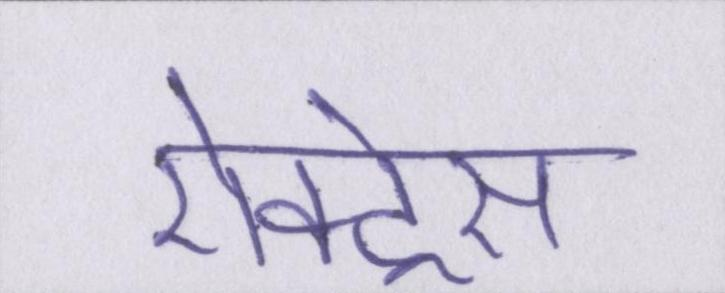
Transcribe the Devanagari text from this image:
ऐक्ट्रेस